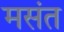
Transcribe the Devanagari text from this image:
मसंत